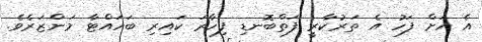
އެ އަށް ފަހު އެ ތަރުކާރީ ފަތްބޮނޑި ފިހާރަ ކައިރި ބަހައްޓާ މަންޒަރެވެ.